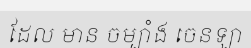
ដែល មាន ចម្បាំង ចេនឡា